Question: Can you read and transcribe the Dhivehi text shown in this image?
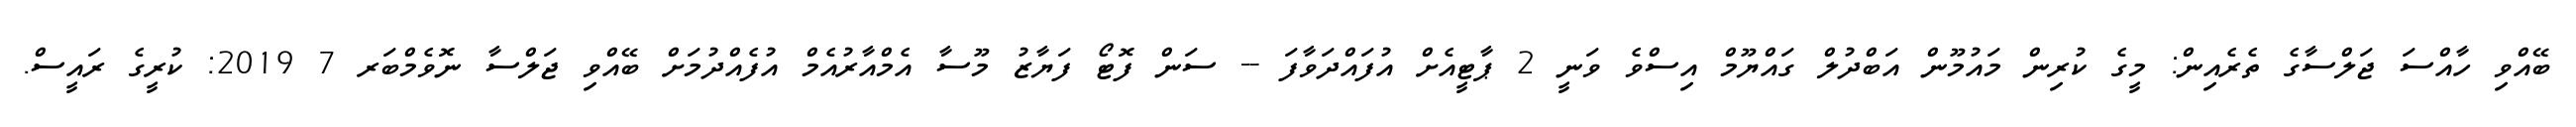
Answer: ބޭއްވި ހާއްސަ ޖަލްސާގެ ތެރެއިން: މީގެ ކުރިން މައުމޫން އަބްދުލް ގައްޔޫމް އިސްވެ ވަނީ 2 ޕާޓީއެށް އުފައްދަވާފަ -- ސަން ފޮޓޯ ފަޔާޒު މޫސާ އެމްއާރުއެމް އުފެއްދުމަށް ބޭއްވި ޖަލްސާ ނޮވެމްބަރ 7 2019: ކުރީގެ ރައީސް.